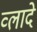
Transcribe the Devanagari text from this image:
व्लादे